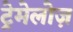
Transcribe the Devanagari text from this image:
ट्रेमेलोज़